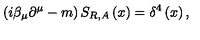
\left( i \beta _ { \mu } \partial ^ { \mu } - m \right) S _ { R , A } \left( x \right) = \delta ^ { 4 } \left( x \right) ,